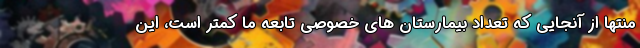
منتها از آنجایی که تعداد بیمارستان های خصوصی تابعه ما کمتر است، این